Annual administration report of the Civil Veterinary Department of India - 1894-1895
Year: 1894
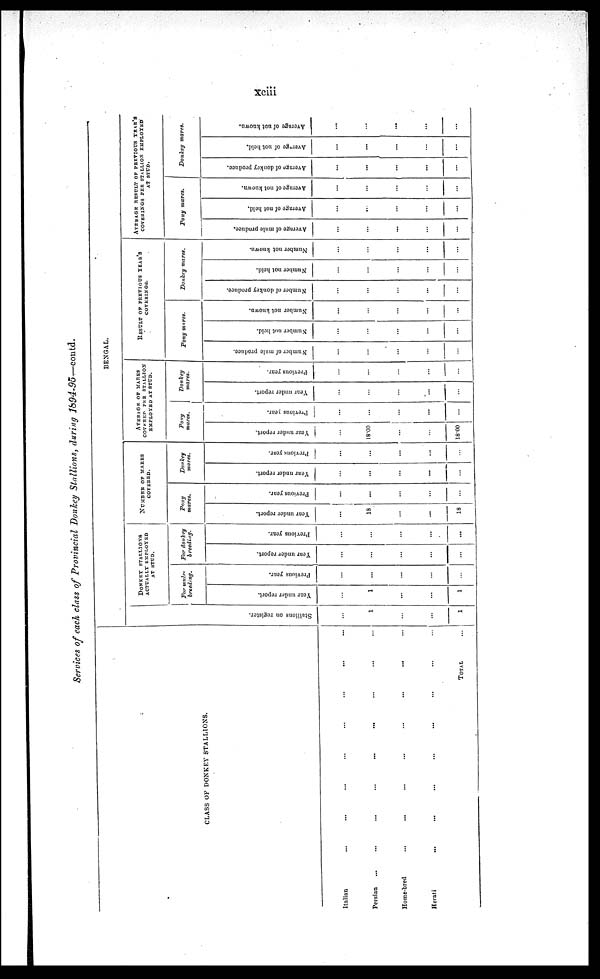
xciii
Services of each class of Provincial Donkey Stallions, during 1894-95—contd.
CLASS OF DONKEY STALLIONS.
Italian
Persian
Home-bred
Herati
...
...
...
...
...
...
...
...
...
...
...
...
...
...
...
...
...
...
...
...
...
...
...
...
...
...
...
...
...
...
...
...
TOTAL ...
BENGAL.
St al l
i
ons on register.
...
1
...
...
1
DONKEY
STALLIONS
ACTUALLY EMPLOYED
AT STUD.
For mule-
breeding.
Year under report.
...
1
...
...
1
Previous year.
...
...
...
...
...
For donkey
breeding.
Year under report.
...
...
...
...
...
Previous year.
...
...
...
...
...
NUMBER
OF
MARES
COVERED.
Pony
mares.
Year under report.
...
18
...
...
18
Previous year.
...
...
...
...
...
Donkey
mares.
Year under report.
...
...
...
...
...
Previous year.
...
...
...
...
...
AVERAGE OF MARES
COVERED PER STALLION
EMPLOYED AT STUD.
Pony
mares.
Year under report.
...
18.00
...
...
18.00
Previous year.
...
...
...
...
...
Donkey
mares.
Year under report.
...
...
...
...
...
Previous year.
...
...
...
...
...
RESULT OF PREVIOUS YEAR'S
COVERINGS.
Pony mares.
Number of mule produce.
...
...
...
...
...
Number not held.
...
...
...
...
...
Number not known.
...
...
...
...
...
Donkey mares.
Number of donkey produce.
...
...
...
...
...
Number not held.
...
...
...
...
...
Number not known.
...
...
...
...
...
AVPRAGE RESULT OF PREVIOUS YEAR'S
COVERINGS PER STALLION EMPLOYED
AT STUD.
Pony
mares.
Average of mule produce.
...
...
...
...
...
Average of not held.
...
...
...
...
...
Average of not known.
...
...
...
...
...
Donkey
mares.
Average of donkey produce.
...
...
...
...
...
Avenge of not held.
...
...
...
...
...
Average of not known.
...
...
...
...
...